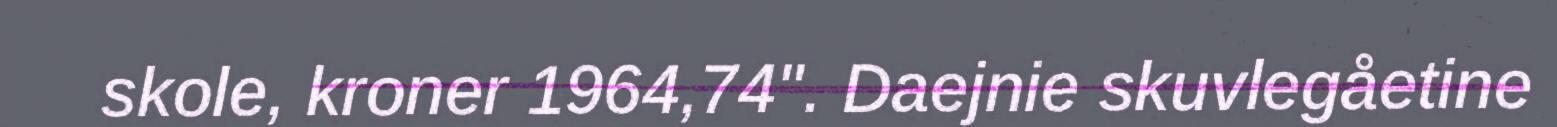
skole, kroner 1964,74". Daejnie skuvlegåetine